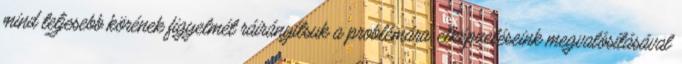
mind teljesebb körének figyelmét ráirányítsuk a problémára, elképzeléseink megvalósításával